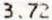
3.72